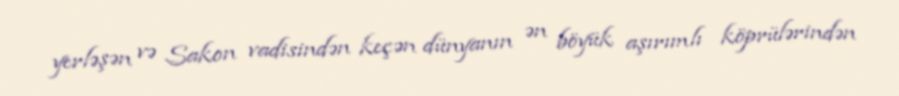
yerləşən və Sakon vadisindən keçən dünyanın ən böyük aşırımlı köprülərindən